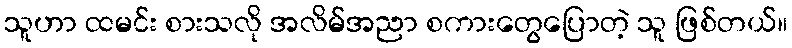
သူဟာ ထမင်း စားသလို အလိမ်အညာ စကားတွေပြောတဲ့ သူ ဖြစ်တယ်။